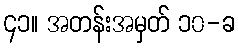
၄၁။ အတန်းအမှတ် ၁၀-ခ